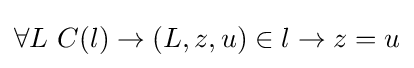
\forall L\ C(l)\to (L,z,u)\in l\to z=u